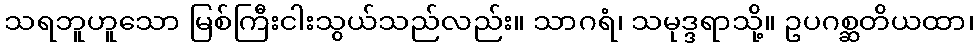
သရဘူဟူသော မြစ်ကြီးငါးသွယ်သည်လည်း။ သာဂရံ၊ သမုဒ္ဒရာသို့။ ဥပဂစ္ဆတိယထာ၊